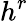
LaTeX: h^{r}